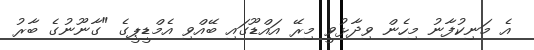
އެ މަނިކުފާނު މިހެން ވިދާޅުވީ މިރޭ އައްޑޫގައި ބޭއްވި އެމްޑީޕީގެ "ގާނޫނުގެ ބާރު